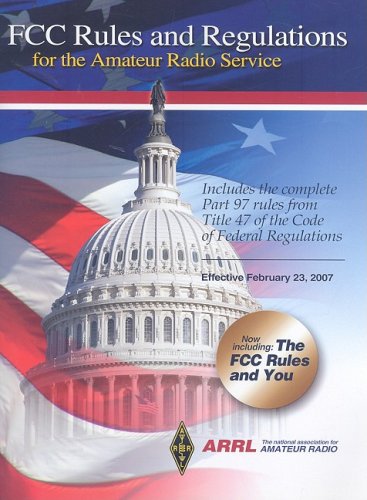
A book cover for FCC Rules and Regulations (Fcc Rules and Regulations for the Amateur Radio Service); ARRL Inc.; Humor & Entertainment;